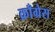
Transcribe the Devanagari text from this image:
क्राँग्रेस